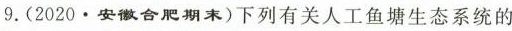
9.(2020.安徽合肥期末)下列有关人工鱼塘生态系统的